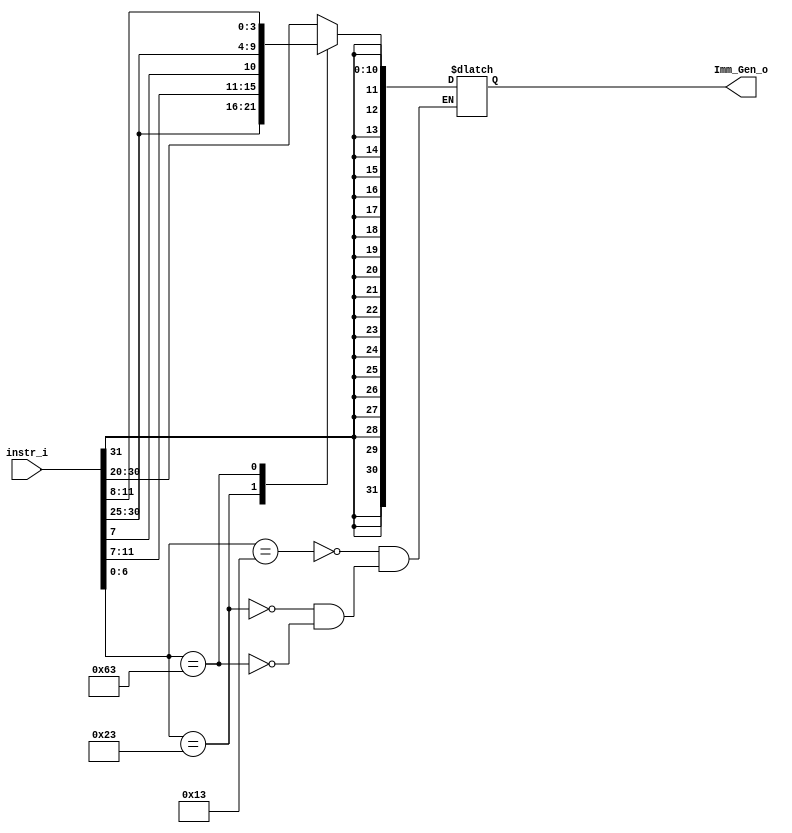
/***************************************************
Student Name:  
Student ID: 0716080 0716203
***************************************************/

`timescale 1ns/1ps

module Imm_Gen(
	input  [31:0] instr_i,
	output reg [31:0] Imm_Gen_o
	);

/* Write your code HERE */

wire [7-1:0] opcode;
assign opcode = instr_i[6:0];


always @(*) begin
	case(opcode)
		7'b0010011: //I type
			Imm_Gen_o <= {{20{instr_i[31]}}, instr_i[31:20]};
		7'b0100011: //S type
			Imm_Gen_o <= {{20{instr_i[31]}}, instr_i[31:25], instr_i[11:7]};
		7'b1100011: //B type
			Imm_Gen_o <= {{20{instr_i[31]}}, instr_i[31], instr_i[7], instr_i[30:25], instr_i[11:8]};
	endcase
			
end
				
endmodule